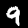
Digit: 9